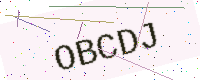
Text: OBCDJ